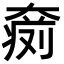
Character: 𡙨